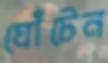
ঘোঁটেন